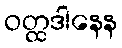
ဝတ္ထဒါနေန